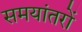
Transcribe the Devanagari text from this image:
समयांतरों